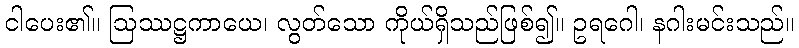
ငါပေး၏။ ဩဿဋ္ဌကာယေ၊ လွတ်သော ကိုယ်ရှိသည်ဖြစ်၍။ ဥရဂေါ၊ နဂါးမင်းသည်။